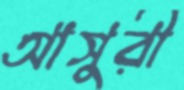
আসুরী